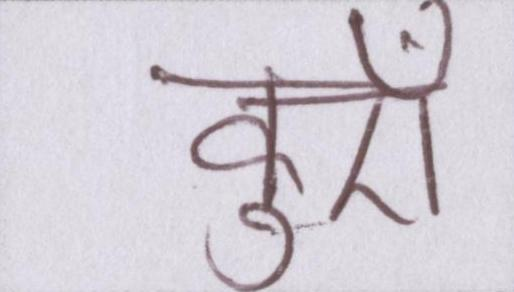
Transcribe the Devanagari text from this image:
कुएँ